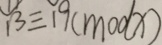
1 3 \equiv 1 9 ( m o d x )